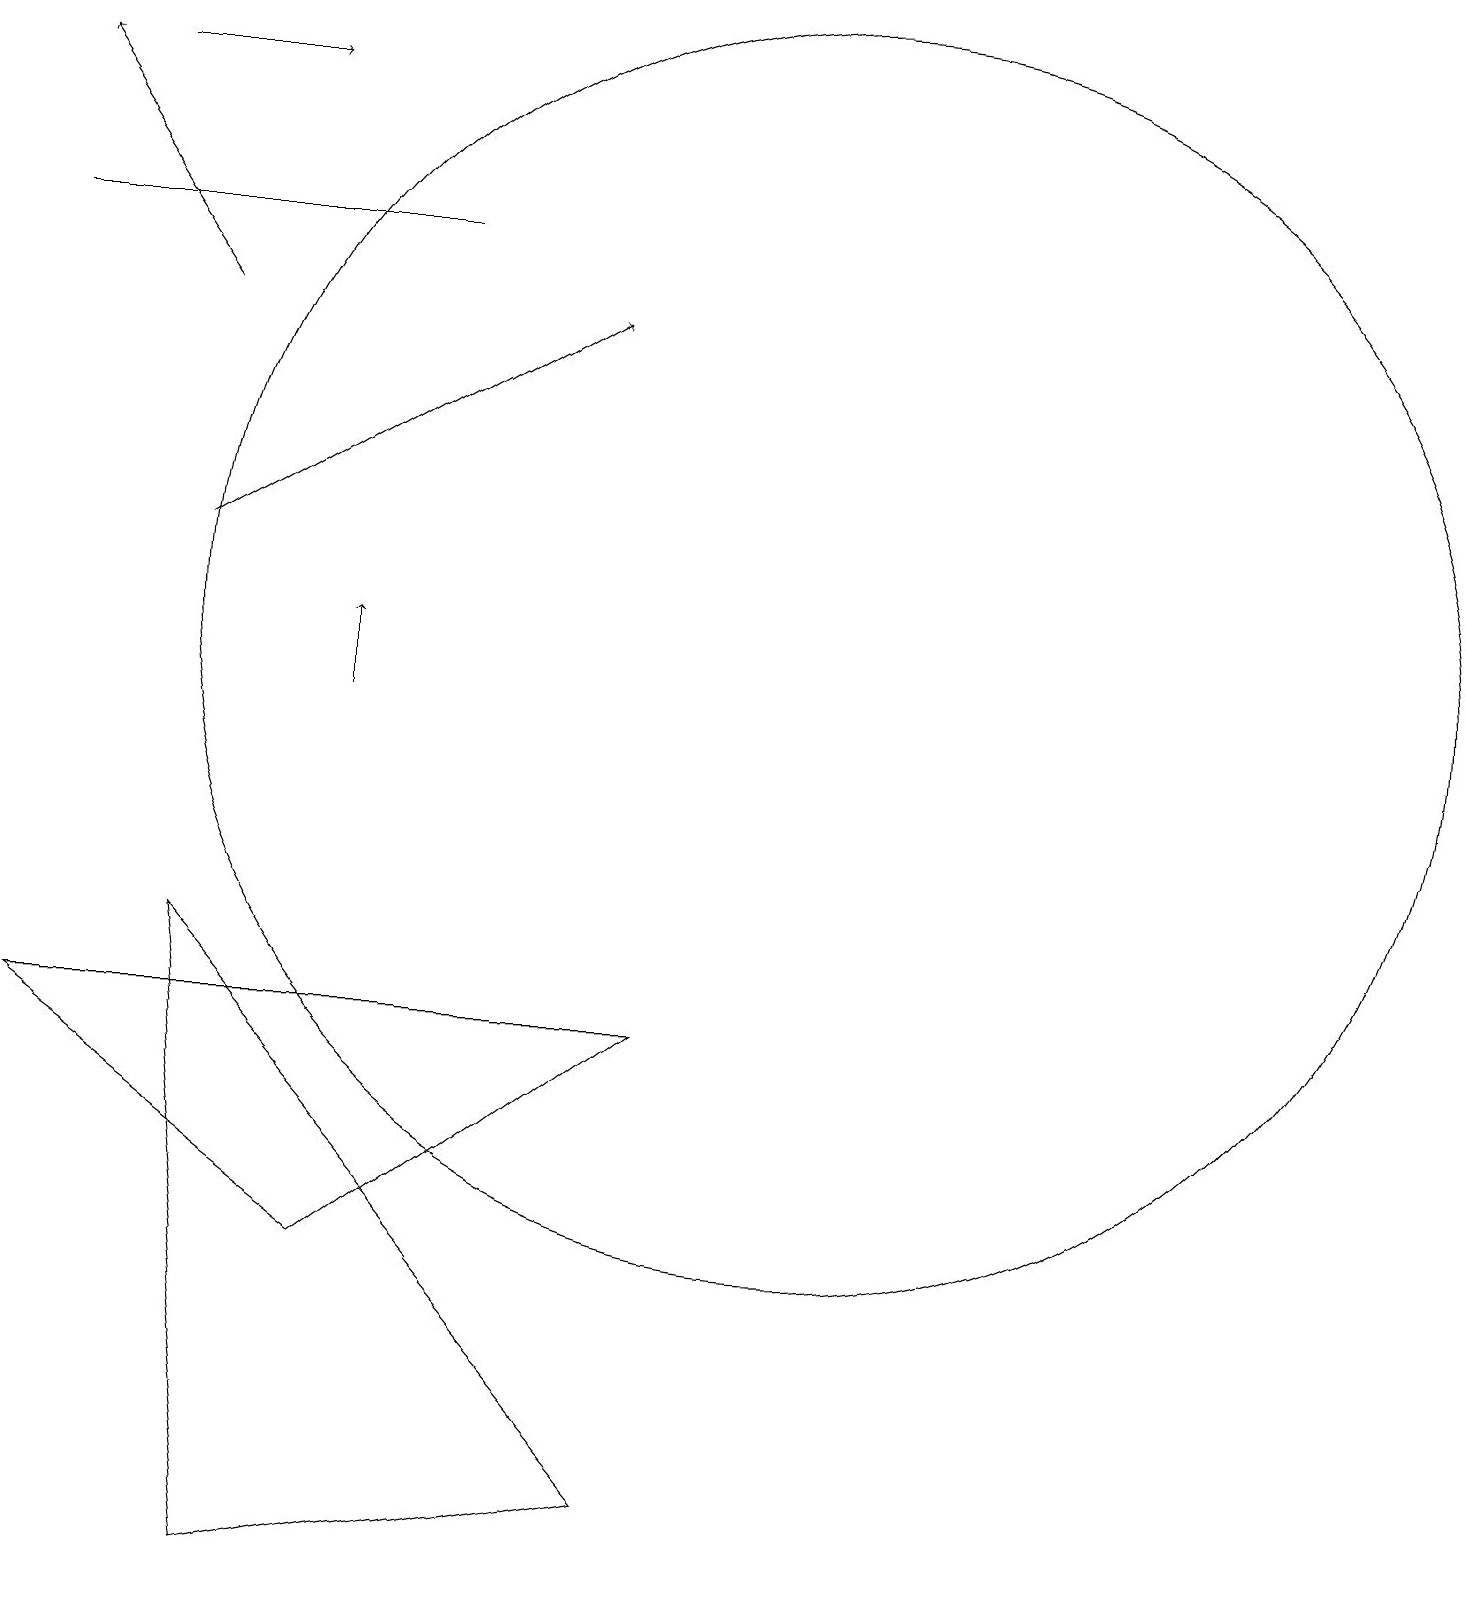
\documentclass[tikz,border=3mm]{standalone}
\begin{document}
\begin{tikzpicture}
\draw (1,17) rectangle (6,17);
\draw[->] (2,19) -- (4,19);
\draw[->] (5,11) -- (5,12);
\draw (11,12) circle (8);
\draw (9,7) -- (5,4) -- (1,7) -- cycle;
\draw[->] (3,16) -- (1,19);
\draw[->] (3,13) -- (8,16);
\draw (9,1) -- (3,8) -- (4,0) -- cycle;
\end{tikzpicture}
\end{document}